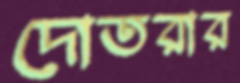
দোতরার